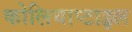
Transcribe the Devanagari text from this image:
कोलियाप्टाइल